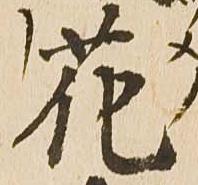
花